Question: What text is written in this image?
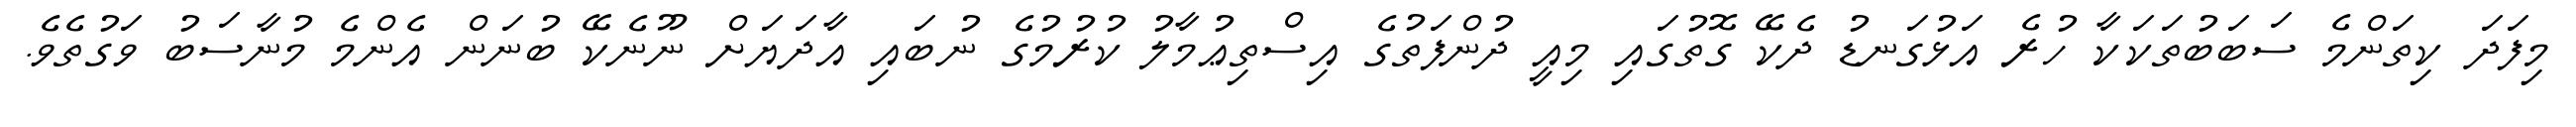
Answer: މިފަދަ ކިތަންމެ ސަބަބުތަކަކާ ހުރެ އަޅުގަނޑު ދެކޭ ގޮތުގައި މިއީ ދުންފަތުގެ އިސްތިޢުމާލު ކުރުމުގެ ނުބައި އާދަޔަށް ނޫނެކޭ ބުނަން އެންމެ މުނާސަބު ވަގުތެވެ.